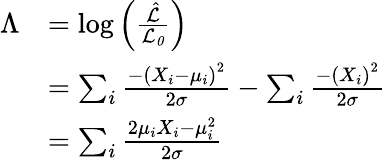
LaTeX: \begin{array}{rl}{\Lambda}&{=\log\left(\frac{\hat{\mathcal{L}}}{\mathcal{L_{0}}}\right)}\\ &{=\sum_{i}\frac{-\left(X_{i}-\mu_{i}\right)^{2}}{2\sigma}-\sum_{i}\frac{-\left(X_{i}\right)^{2}}{2\sigma}}\\ &{=\sum_{i}\frac{2\mu_{i}X_{i}-\mu_{i}^{2}}{2\sigma}}\end{array}